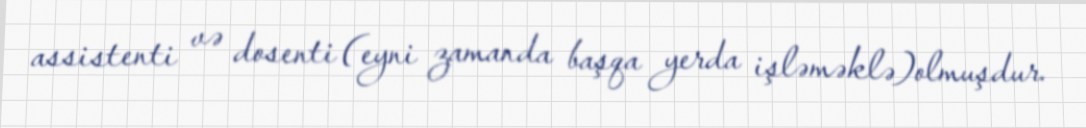
assistenti və dosenti (eyni zamanda başqa yerda işləməklə)olmuşdur.